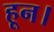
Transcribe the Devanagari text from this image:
हून।